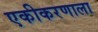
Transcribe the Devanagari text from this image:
एकीकरणाला